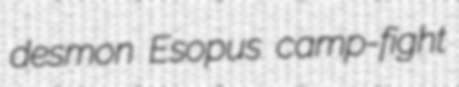
desmon Esopus camp-fight